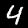
Label: 4